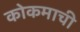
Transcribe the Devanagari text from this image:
कोकमाची